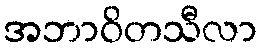
အဘာဝိတသီလာ